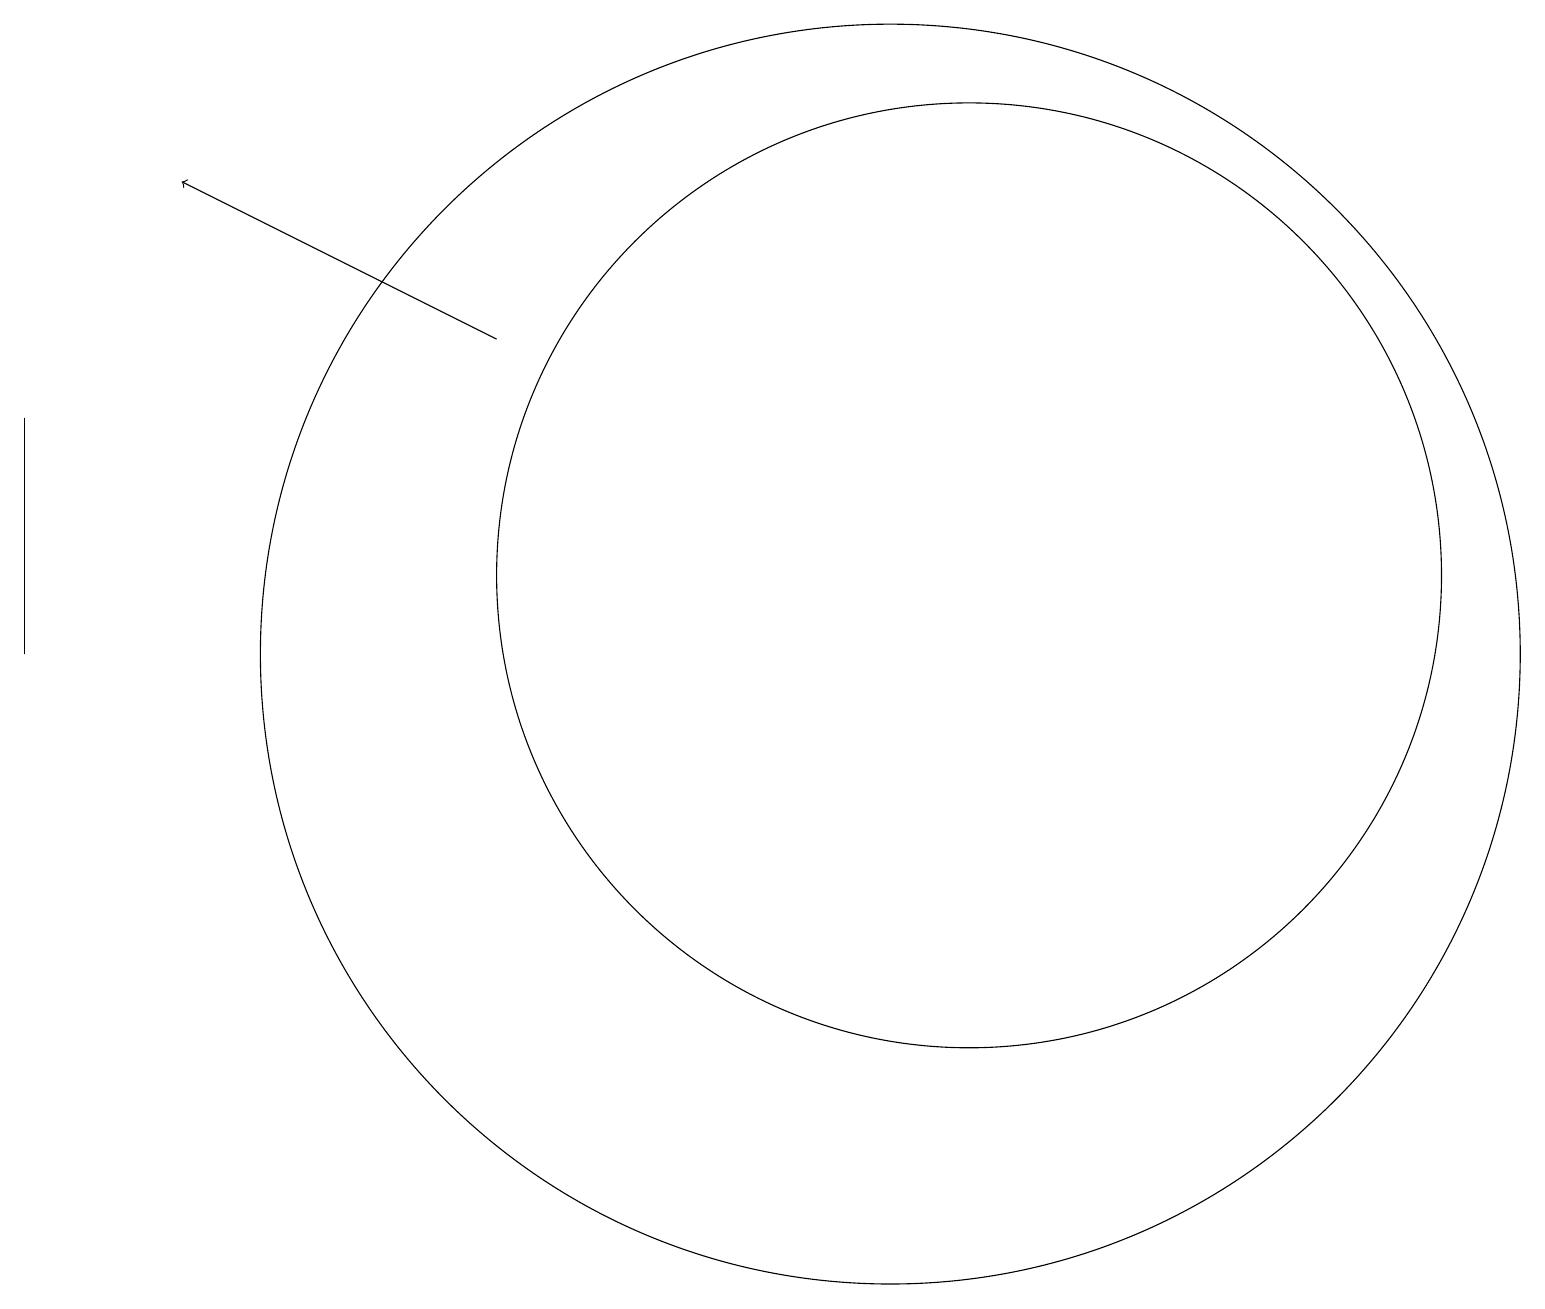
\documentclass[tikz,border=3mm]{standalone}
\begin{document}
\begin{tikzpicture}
\draw (0,10) rectangle (0,13);
\draw (12,11) circle (6);
\draw (11,10) circle (8);
\draw[->] (6,14) -- (2,16);
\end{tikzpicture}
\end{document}